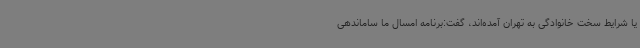
یا شرایط سخت خانوادگی به تهران آمده‌اند، گفت:برنامه امسال ما ساماندهی